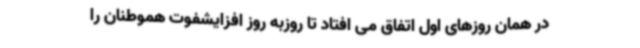
در همان روزهای اول اتفاق می افتاد تا روزبه روز افزایشفوت هموطنان را